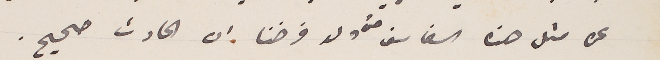
عن مثل هذه السفاسف حتى ولو فرضنا ان الحادث صحيح.